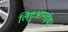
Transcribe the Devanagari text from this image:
लिटुआनईका